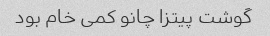
گوشت پیتزا چانو کمی خام بود